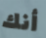
أنك